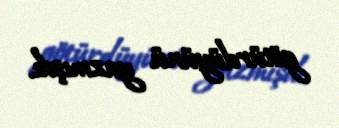
götürdüyünü yazmışdı.